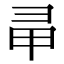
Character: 𢑖